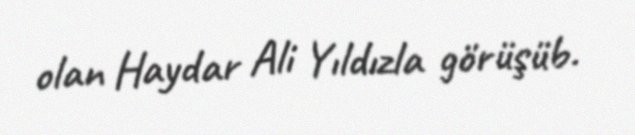
olan Haydar Ali Yıldızla görüşüb.